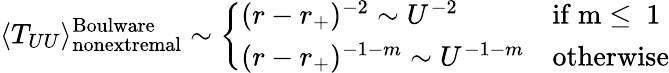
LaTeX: \langle T_{UU}\rangle_{\mathrm{nonextremal}}^{\mathrm{Boulware}}\sim\left\{ \begin{array}{ll}{{(r-r_{+})^{-2}\sim U^{-2}}}&{{\mathrm{if~m\le~1~}}}\\ {{(r-r_{+})^{-1-m}\sim U^{-1-m}}}&{{\mathrm{otherwise}}}\end{array}\right.